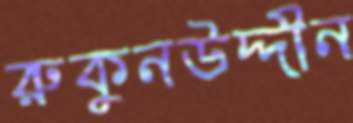
রুকুনউদ্দীন